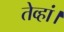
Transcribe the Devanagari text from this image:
तेव्हां।